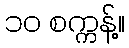
၁၀ စက္ကန့်။